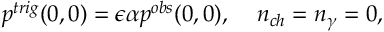
p ^ { t r i g } ( 0 , 0 ) = \epsilon \alpha p ^ { o b s } ( 0 , 0 ) , \; \; \; \; n _ { c h } = n _ { \gamma } = 0 ,